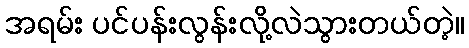
အရမ်း ပင်ပန်းလွန်းလို့လဲသွားတယ်တဲ့။